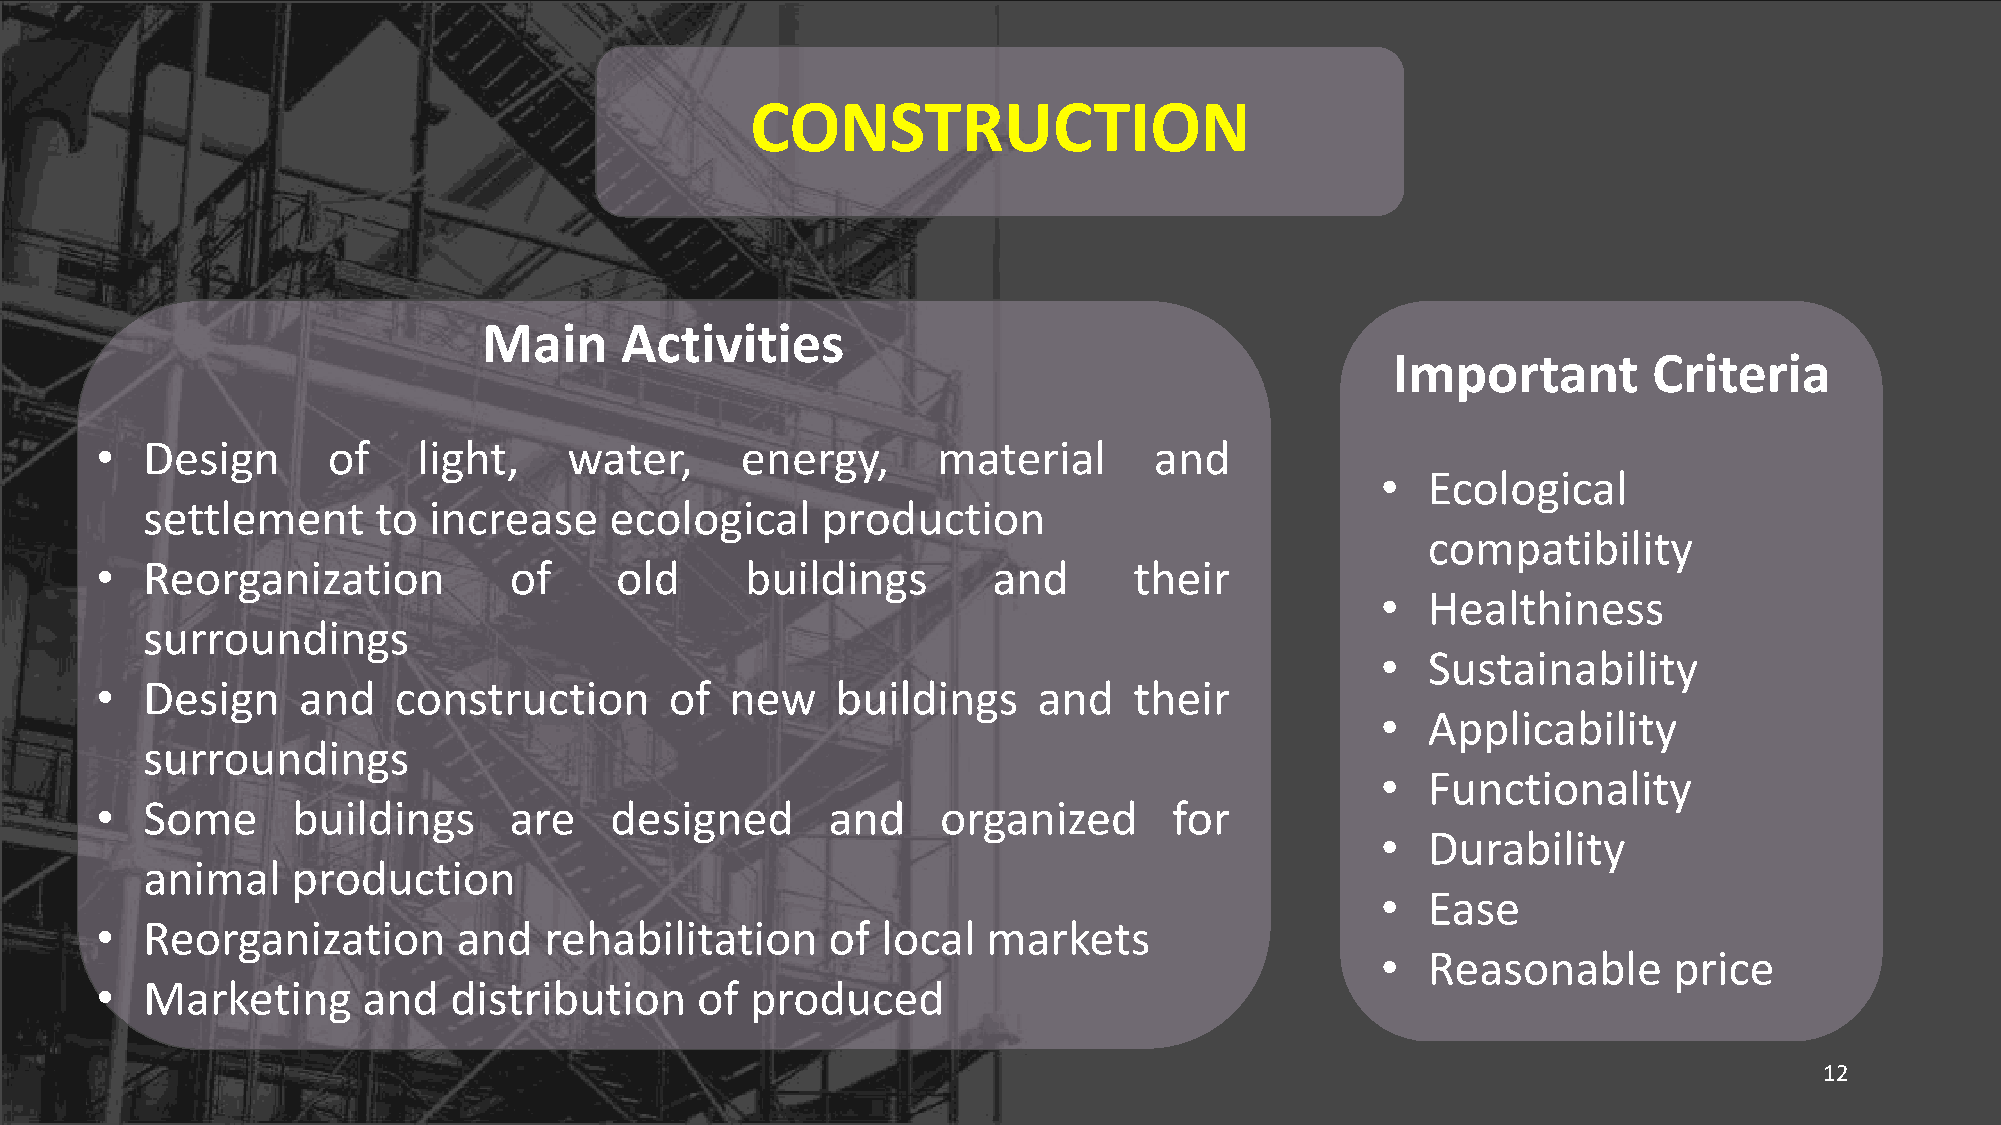
CONSTRUCTION
 Main     Activities
 Important        Criteria
 •  Design       of    light,    water,     energy,      material      and
 •  Ecological
 settlement      to increase    ecological    production
 compatibility
 •  Reorganization           of     old     buildings        and      their
 •  Healthiness
 surroundings
 •  Sustainability
 •  Design     and   construction      of  new    buildings     and   their
 •  Applicability
 surroundings
 •  Functionality
 •  Some      buildings      are   designed       and    organized       for
 •  Durability
 animal    production
 •  Ease
 •  Reorganization       and   rehabilitation     of local  markets
 •  Reasonable       price
 •  Marketing      and   distribution    of  produced
 12